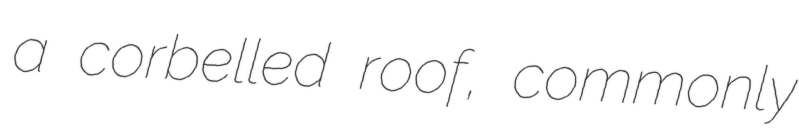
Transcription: a corbelled roof, commonly